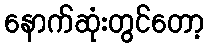
နောက်ဆုံးတွင်တော့